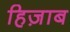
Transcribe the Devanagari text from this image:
हिज़ाब